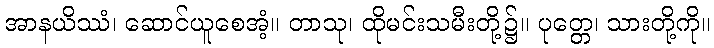
အာနယိဿံ၊ ဆောင်ယူစေအံ့။ တာသု၊ ထိုမင်းသမီးတို့၌။ ပုတ္တေ၊ သားတို့ကို။